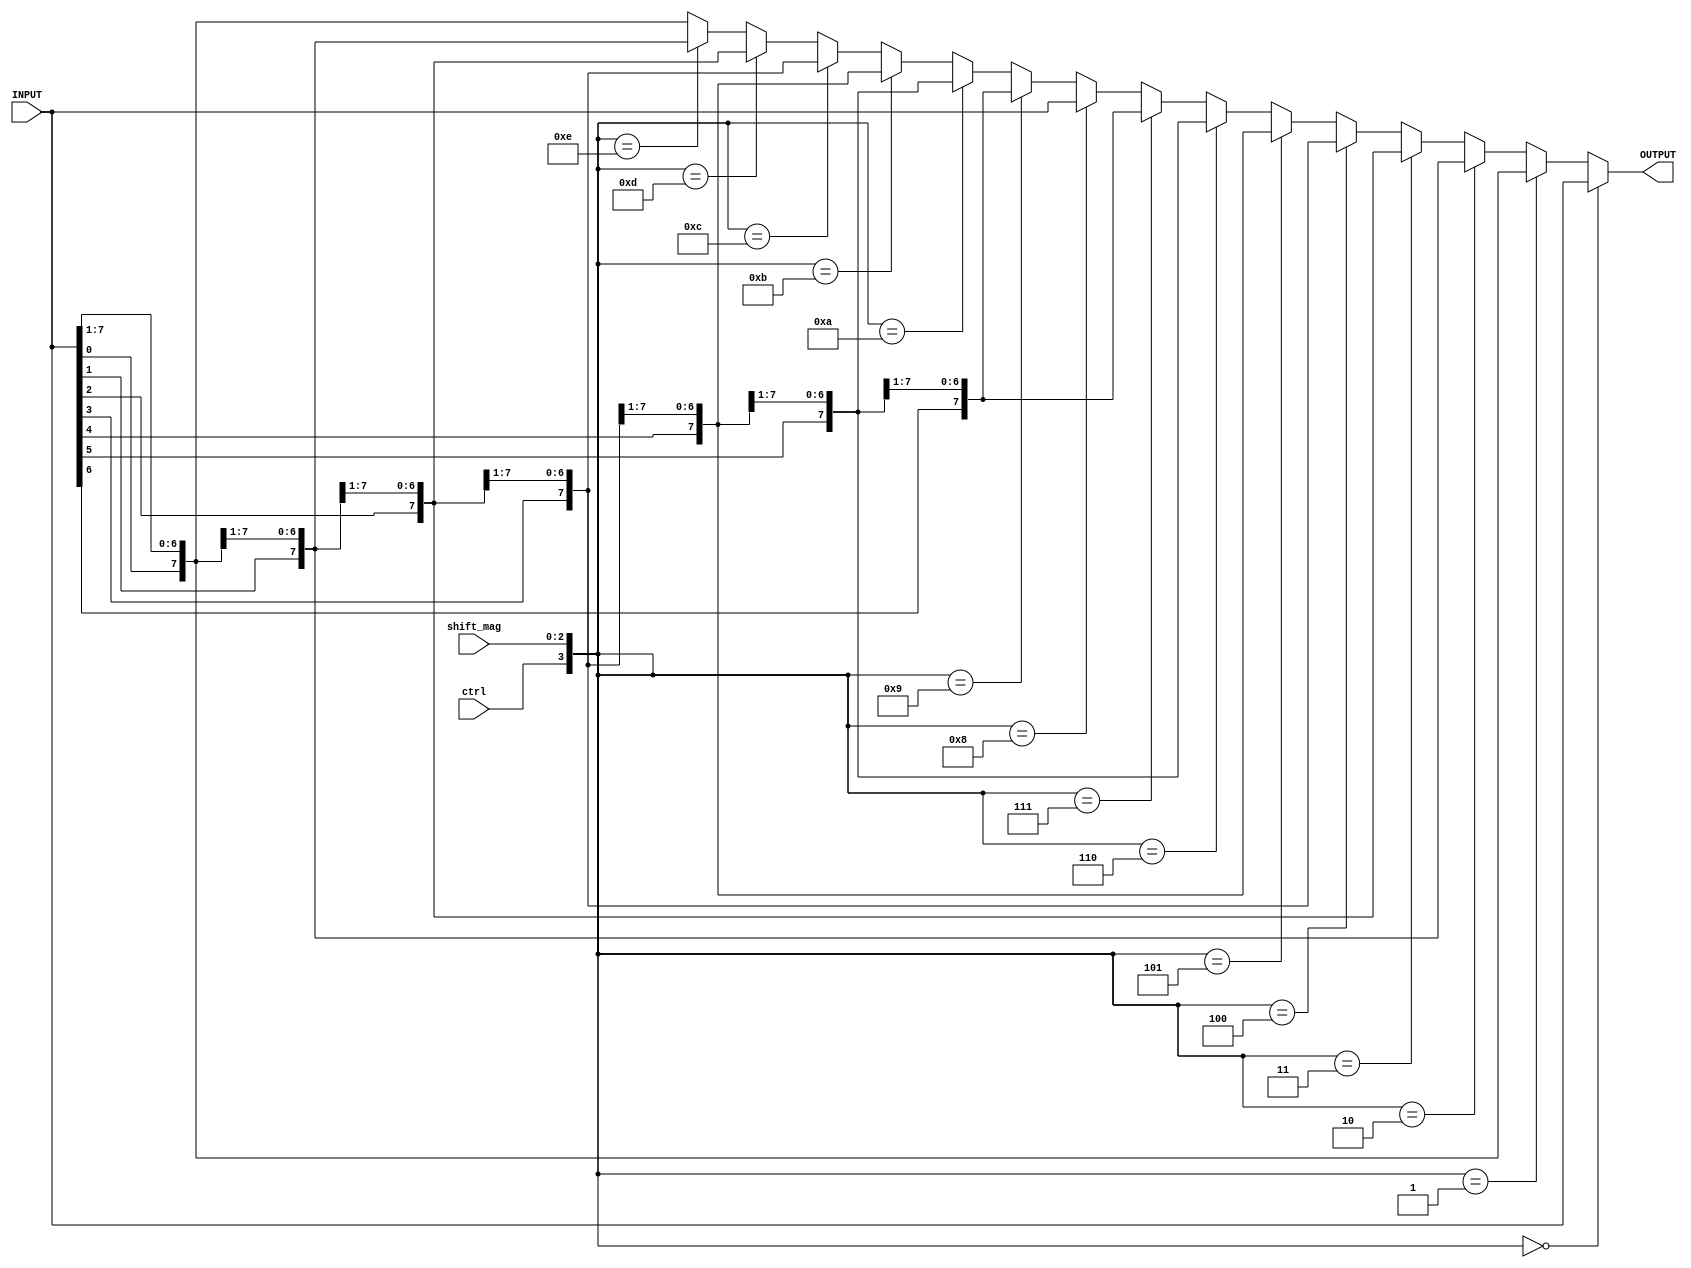
`timescale 1ns / 1ps
//////////////////////////////////////////////////////////////////////////////////
// Company: 
// Engineer: 
// 
// Design Name: 
// Module Name:    barrelSR 
// Project Name: 
// Target Devices: 
// Tool versions: 
// Description: 
//
// Dependencies: 
//
// Revision: 
// Revision 0.01 - File Created
// Additional Comments: 
//
//////////////////////////////////////////////////////////////////////////////////
module barrelSR(
    input ctrl,
    input [2:0] shift_mag,
    input [7:0] INPUT,
    output [7:0] OUTPUT
    );
/*when ctrl is 0 we have shift to right and when it is 1 we have shift to left */
assign OUTPUT = ({ctrl,shift_mag}==4'b0000)? (INPUT[7:0]):
                ({ctrl,shift_mag}==4'b0001)? {INPUT[0],INPUT[7:1]}:
					 ({ctrl,shift_mag}==4'b0010)? {INPUT[1:0],INPUT[7:2]}:
					 ({ctrl,shift_mag}==4'b0011)? {INPUT[2:0],INPUT[7:3]}:
				 	 ({ctrl,shift_mag}==4'b0100)? {INPUT[3:0],INPUT[7:4]}:
				 	 ({ctrl,shift_mag}==4'b0101)? {INPUT[4:0],INPUT[7:5]}:
					 ({ctrl,shift_mag}==4'b0110)? {INPUT[5:0],INPUT[7:6]}:
					 ({ctrl,shift_mag}==4'b0111)? {INPUT[6:0],INPUT[7]}:
					 ({ctrl,shift_mag}==4'b1000)? (INPUT[7:0]):
					 ({ctrl,shift_mag}==4'b1001)? {INPUT[6:0],INPUT[7]}:
					 ({ctrl,shift_mag}==4'b1010)? {INPUT[5:0],INPUT[7:6]}:
					 ({ctrl,shift_mag}==4'b1011)? {INPUT[4:0],INPUT[7:5]}:
					 ({ctrl,shift_mag}==4'b1100)? {INPUT[3:0],INPUT[7:4]}:
					 ({ctrl,shift_mag}==4'b1101)? {INPUT[2:0],INPUT[7:3]}:
					 ({ctrl,shift_mag}==4'b1110)? {INPUT[1:0],INPUT[7:2]}: {INPUT[0],INPUT[7:1]};
					 
					 
				
endmodule